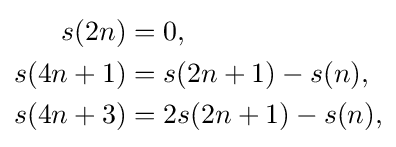
{\begin{aligned}s(2n)&=0,\\s(4n+1)&=s(2n+1)-s(n),\\s(4n+3)&=2s(2n+1)-s(n),\end{aligned}}